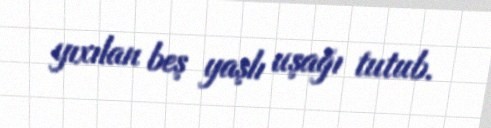
yıxılan beş yaşlı uşağı tutub.